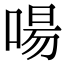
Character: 啺